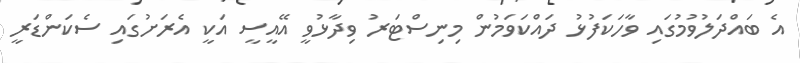
އެ ބައްދަލުވުމުގައި ވާހަކަފުޅު ދައްކަވަމުން މިނިސްޓަރު ވިދާޅުވީ އޭއީސީ އަކީ އެރަށުގައި ސެކަންޑަރީ